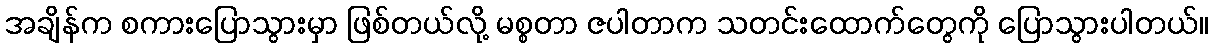
အချိန်က စကားပြောသွားမှာ ဖြစ်တယ်လို့ မစ္စတာ ဇပါတာက သတင်းထောက်တွေကို ပြောသွားပါတယ်။